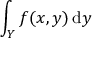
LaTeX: \int _ { Y } f ( x , y ) \, { \mathrm { d } } y